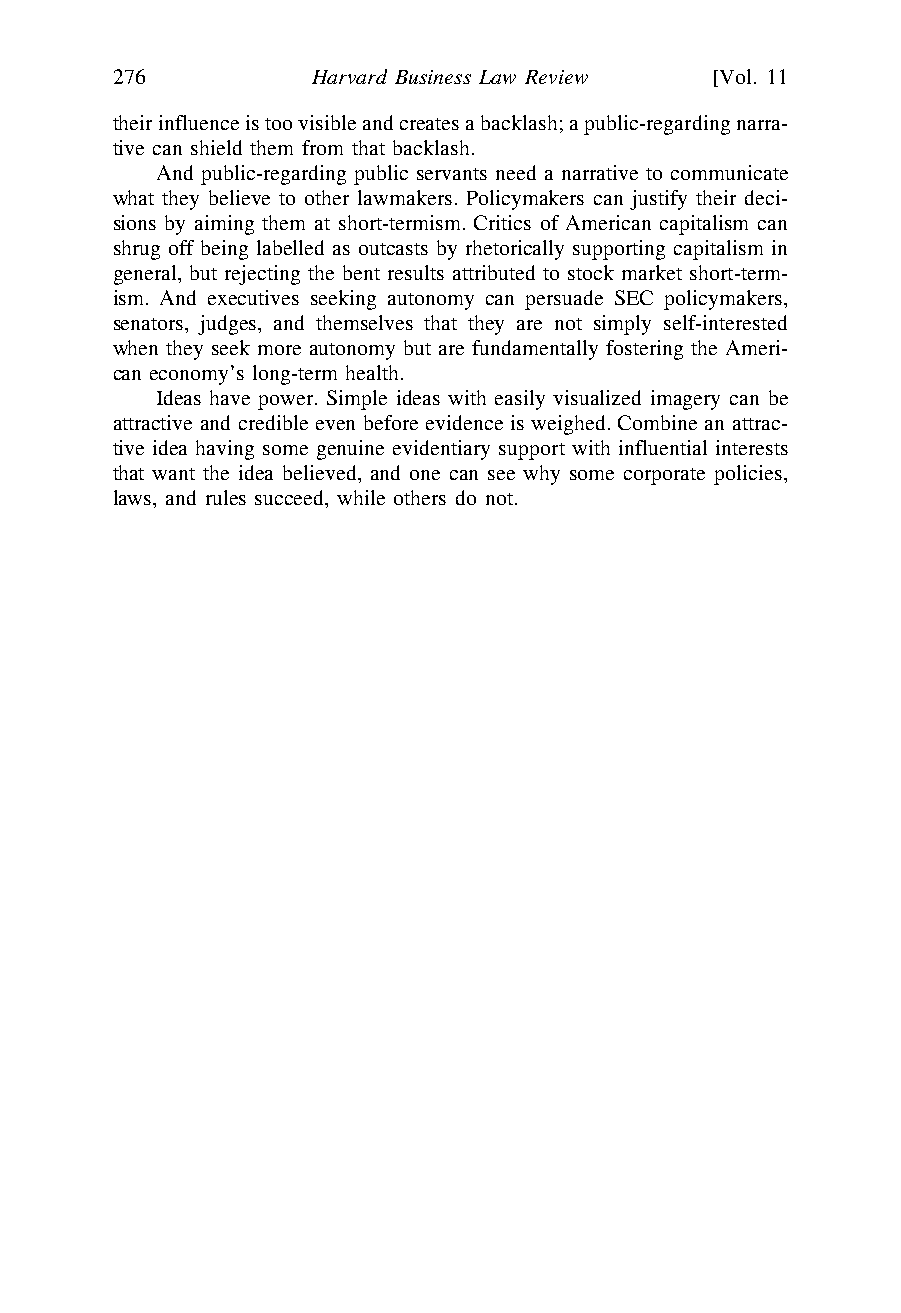
\\jciprod01\productn\H\HLB\11-2\HLB204.txt unknown Seq: 44 29-OCT-21 16:05
 276          Harvard Business Law Review [Vol. 11
 their influence is too visible and creates a backlash; a public-regarding narra-
 tive can shield them from that backlash.
 And public-regarding public servants need a narrative to communicate
 what they believe to other lawmakers. Policymakers can justify their deci-
 sions by aiming them at short-termism. Critics of American capitalism can
 shrug off being labelled as outcasts by rhetorically supporting capitalism in
 general, but rejecting the bent results attributed to stock market short-term-
 ism. And executives seeking autonomy can persuade SEC policymakers,
 senators, judges, and themselves that they are not simply self-interested
 when they seek more autonomy but are fundamentally fostering the Ameri-
 can economy’s long-term health.
 Ideas have power. Simple ideas with easily visualized imagery can be
 attractive and credible even before evidence is weighed. Combine an attrac-
 tive idea having some genuine evidentiary support with influential interests
 that want the idea believed, and one can see why some corporate policies,
 laws, and rules succeed, while others do not.